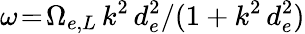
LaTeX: \omega\! =\! \Omega_{e,L}\, k^{2}\, d_{e}^{2}/(1+k^{2}\, d_{e}^{2})